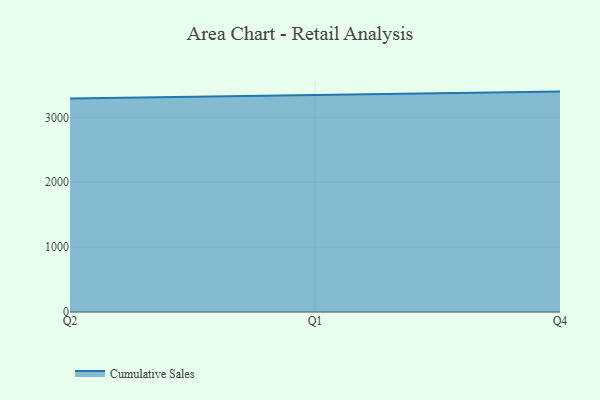
{"axis": {"x": "Quarter", "y": "Tickets Resolved"}, "legend": ["Cumulative Sales"], "data": [{"x": "Q2", "y": 3290.6, "type": "Cumulative Sales"}, {"x": "Q1", "y": 3341.6, "type": "Cumulative Sales"}, {"x": "Q4", "y": 3396.6, "type": "Cumulative Sales"}]}